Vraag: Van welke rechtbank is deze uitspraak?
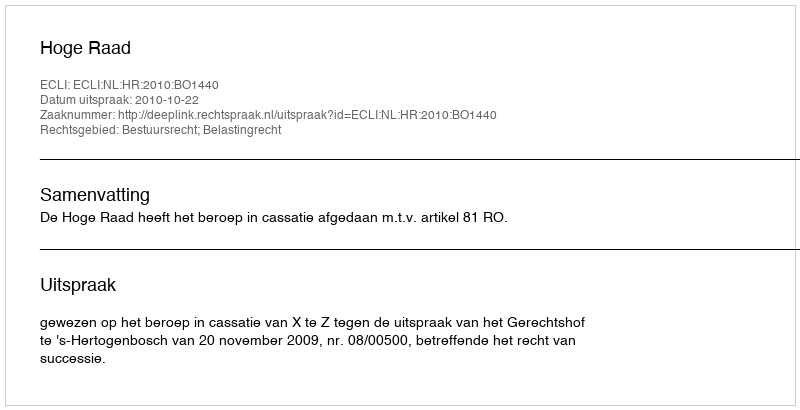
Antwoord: Hoge Raad